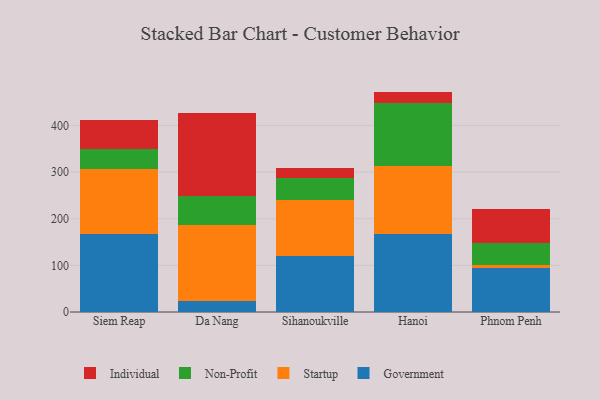
{"axis": {"x": "City", "y": "Temperature (°C)"}, "legend": ["Government", "Individual", "Non-Profit", "Startup"], "data": [{"x": "Siem Reap", "y": 167.9, "type": "Government"}, {"x": "Siem Reap", "y": 137.6, "type": "Startup"}, {"x": "Siem Reap", "y": 44.5, "type": "Non-Profit"}, {"x": "Siem Reap", "y": 60.9, "type": "Individual"}, {"x": "Da Nang", "y": 24.5, "type": "Government"}, {"x": "Da Nang", "y": 161.3, "type": "Startup"}, {"x": "Da Nang", "y": 63.8, "type": "Non-Profit"}, {"x": "Da Nang", "y": 176.6, "type": "Individual"}, {"x": "Sihanoukville", "y": 119.0, "type": "Government"}, {"x": "Sihanoukville", "y": 120.5, "type": "Startup"}, {"x": "Sihanoukville", "y": 47.1, "type": "Non-Profit"}, {"x": "Sihanoukville", "y": 22.1, "type": "Individual"}, {"x": "Hanoi", "y": 167.0, "type": "Government"}, {"x": "Hanoi", "y": 146.8, "type": "Startup"}, {"x": "Hanoi", "y": 133.8, "type": "Non-Profit"}, {"x": "Hanoi", "y": 24.8, "type": "Individual"}, {"x": "Phnom Penh", "y": 95.0, "type": "Government"}, {"x": "Phnom Penh", "y": 6.4, "type": "Startup"}, {"x": "Phnom Penh", "y": 46.4, "type": "Non-Profit"}, {"x": "Phnom Penh", "y": 72.3, "type": "Individual"}]}